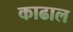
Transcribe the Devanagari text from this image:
काढाल